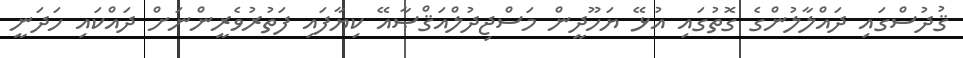
ޤުދުސްގައި ދައްލާލުންގެ ގޮތުގައި އުޅޭ ޔަހޫދީން މަސްޖިދުލްއަޤްޞާއޭ ކިޔާފައި ފަތުރުވެރީންނަށް ދައްކައި ހަދަނީ